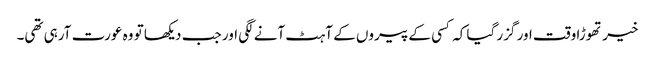
خیر تھوڑا وقت اور گزر گیا کہ کسی کے پیروں کے آہٹ آنے لگی اور جب دیکھا تو وہ عورت آرہی تھی۔